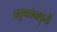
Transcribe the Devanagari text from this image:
चतुष्कोनाकृती